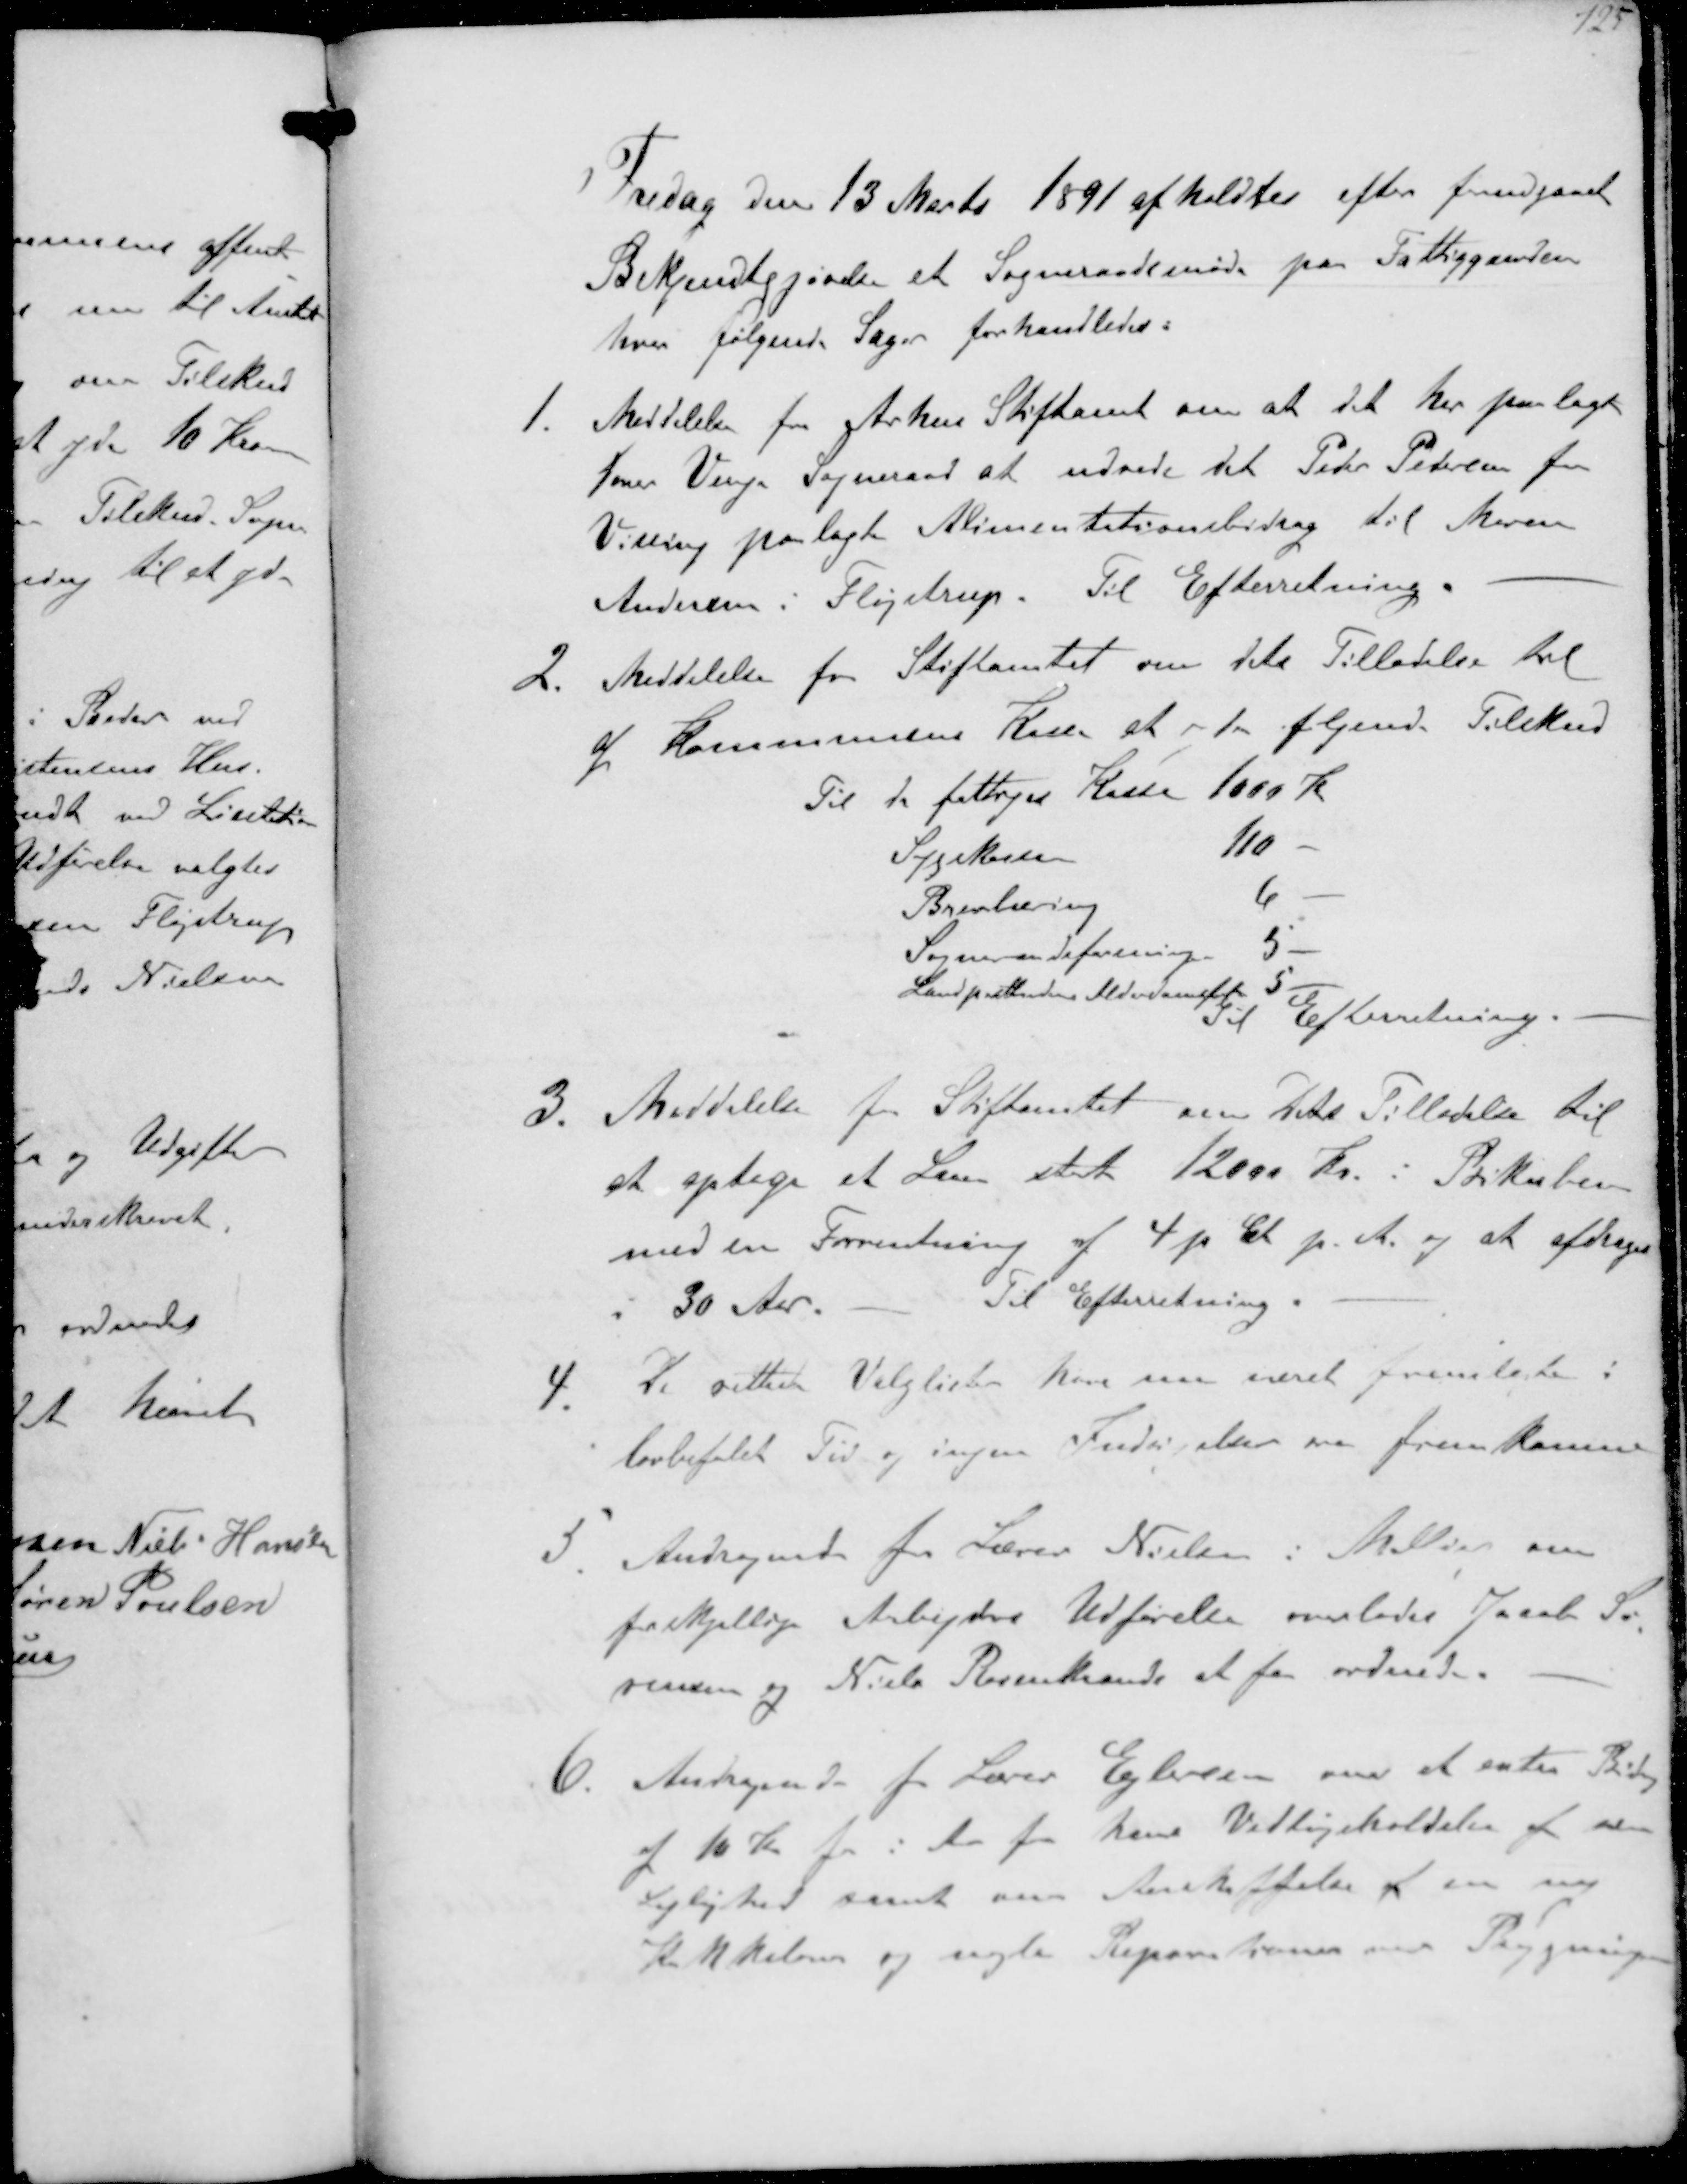
Transskription:
Fredag den 13 Marts 1891 afholdtes efter forudgaaet
Bekjendtgjørelse et Sogneraadsmøde paa Fattiggaarden
hvor følgende Sager forhandledes:
1. Meddelelse fra Aarhus Stiftamt om at det har paalagt
Dover Vengs Sogneraad at udrede det Peder Petersen fra
Vissing paalagte Alimentationssbidrag til Maren
Andersen i Fløjstrup. Til Efterretning.
2. Meddelelse fra Stiftamtet om dets Tilladelse til
af Kommunens Kasse at yde følgende Tilskud
Til de fattiges Kasse 1000 Kr
Sygekassen
110
Brevlæsning
6
Sogneraadsforening
5
Landpostbudenes Alderdomsforening
5
Til Efterretning.
3. Meddelelse fra Stiftamtet om Dets Tilladelse til
at optage et Laan stort 12000 Kr. i Bikuben
med en Forrentning af 4 p Ct p. A. og at afdrage
i 30 Aar.
Til Efterretning.
4.
De rettede Valglister har nu været fremlagte i
lovbetalet Tid og ingen Indsigelser er fremkomne
5. Andragende fra Lærer Nielsen i Malling om
forskjellig Arbejdes Udførelse overlades Jacob Sø
rensen og Niels Rosenkrands at faa ordnet.
6. Andragende fra Lærer Ejlersen om et extra Bidrag
af 10 Kr for i Aar for hans Vedligeholdelse af sin
Lejlighed samt sin Anskaffelse af en ny
Kakkelovn og nogle Reparationer ved Bygningen